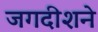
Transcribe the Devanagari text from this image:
जगदीशने